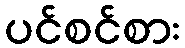
ပင်စင်စား